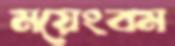
ময়েংবম